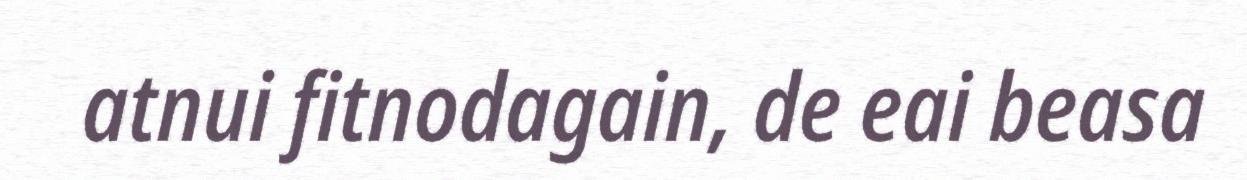
atnui fitnodagain, de eai beasa